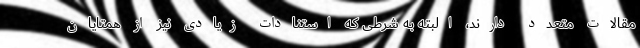
مقالات متعدد دارند، البته به شرطی که استنادات زیادی نیز از همتایان